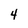
Character: 4